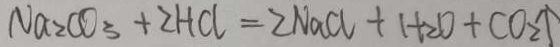
N a _ { 2 } C O _ { 3 } + 2 H C l = 2 N a C l + H 2 O + C O _ { 2 } \uparrow